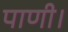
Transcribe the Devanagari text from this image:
पाणी।